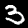
Digit: 3